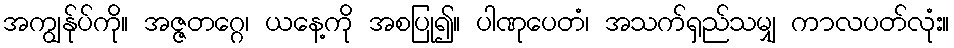
အကျွန်ုပ်ကို။ အဇ္ဇတဂ္ဂေ၊ ယနေ့ကို အစပြု၍။ ပါဏုပေတံ၊ အသက်ရှည်သမျှ ကာလပတ်လုံး။